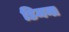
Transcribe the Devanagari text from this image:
डिमना